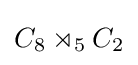
C_{8}\rtimes _{5}C_{2}